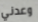
وعدني